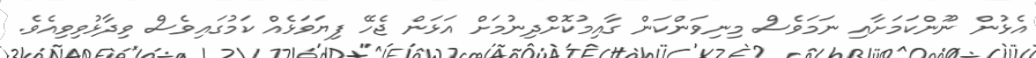
އެޅުން ނޫންކަމަށާއި ނަމަވެސް މިނިވަންކަން ގާއިމުކޮށްދިނުމަށް އަޅަން ޖެހޭ ފިޔަވަޅެއް ކަމުގައިވެސް ވިދާޅުވިވިއެވެ.